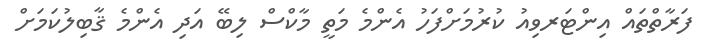
ފަރާތްތައް އިންޓަރވިއު ކުރުމަށްފަހު އެންމެ މަތީ މާކްސް ލިބޭ އަދި އެންމެ ޤާބިލުކަމަށް